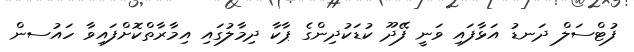
ފުޓްސަލް ދަނޑު އަޅާފައި ވަނީ ފޭދޫ ކުޑަކުދިންގެ ޕާކާ ދިމާލުގައި އިމާރާތްކޮށްފައިވާ ހައުސން